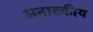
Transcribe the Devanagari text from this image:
अनाटकीय